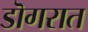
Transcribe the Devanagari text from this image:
डॊगरात